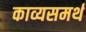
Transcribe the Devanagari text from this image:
काव्यसमर्थ